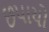
છપાયો